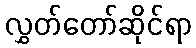
လွှတ်တော်ဆိုင်ရာ